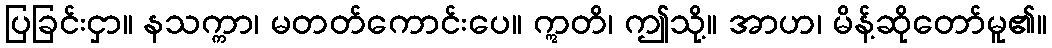
ပြခြင်းငှာ။ နသက္ကာ၊ မတတ်ကောင်းပေ။ ဣတိ၊ ဤသို့။ အာဟ၊ မိန့်ဆိုတော်မူ၏။